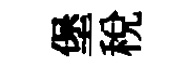
堡税